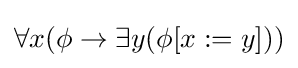
\forall x(\phi \to \exists y(\phi [x:=y]))